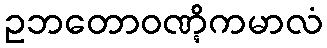
ဥဘတောဝဏ္ဋိကမာလံ